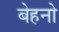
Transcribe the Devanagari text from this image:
बेहनो